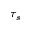
\tau _ { s }